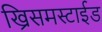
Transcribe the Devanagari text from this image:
ख्रिसमस्टाईड